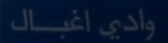
وادي-اغباس